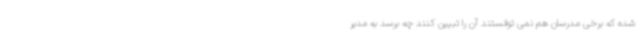
شده که برخی مدرسان هم نمی توانستند آن را تبیین کنند چه برسد به مدیر